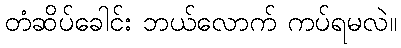
တံဆိပ်ခေါင်း ဘယ်လောက် ကပ်ရမလဲ။